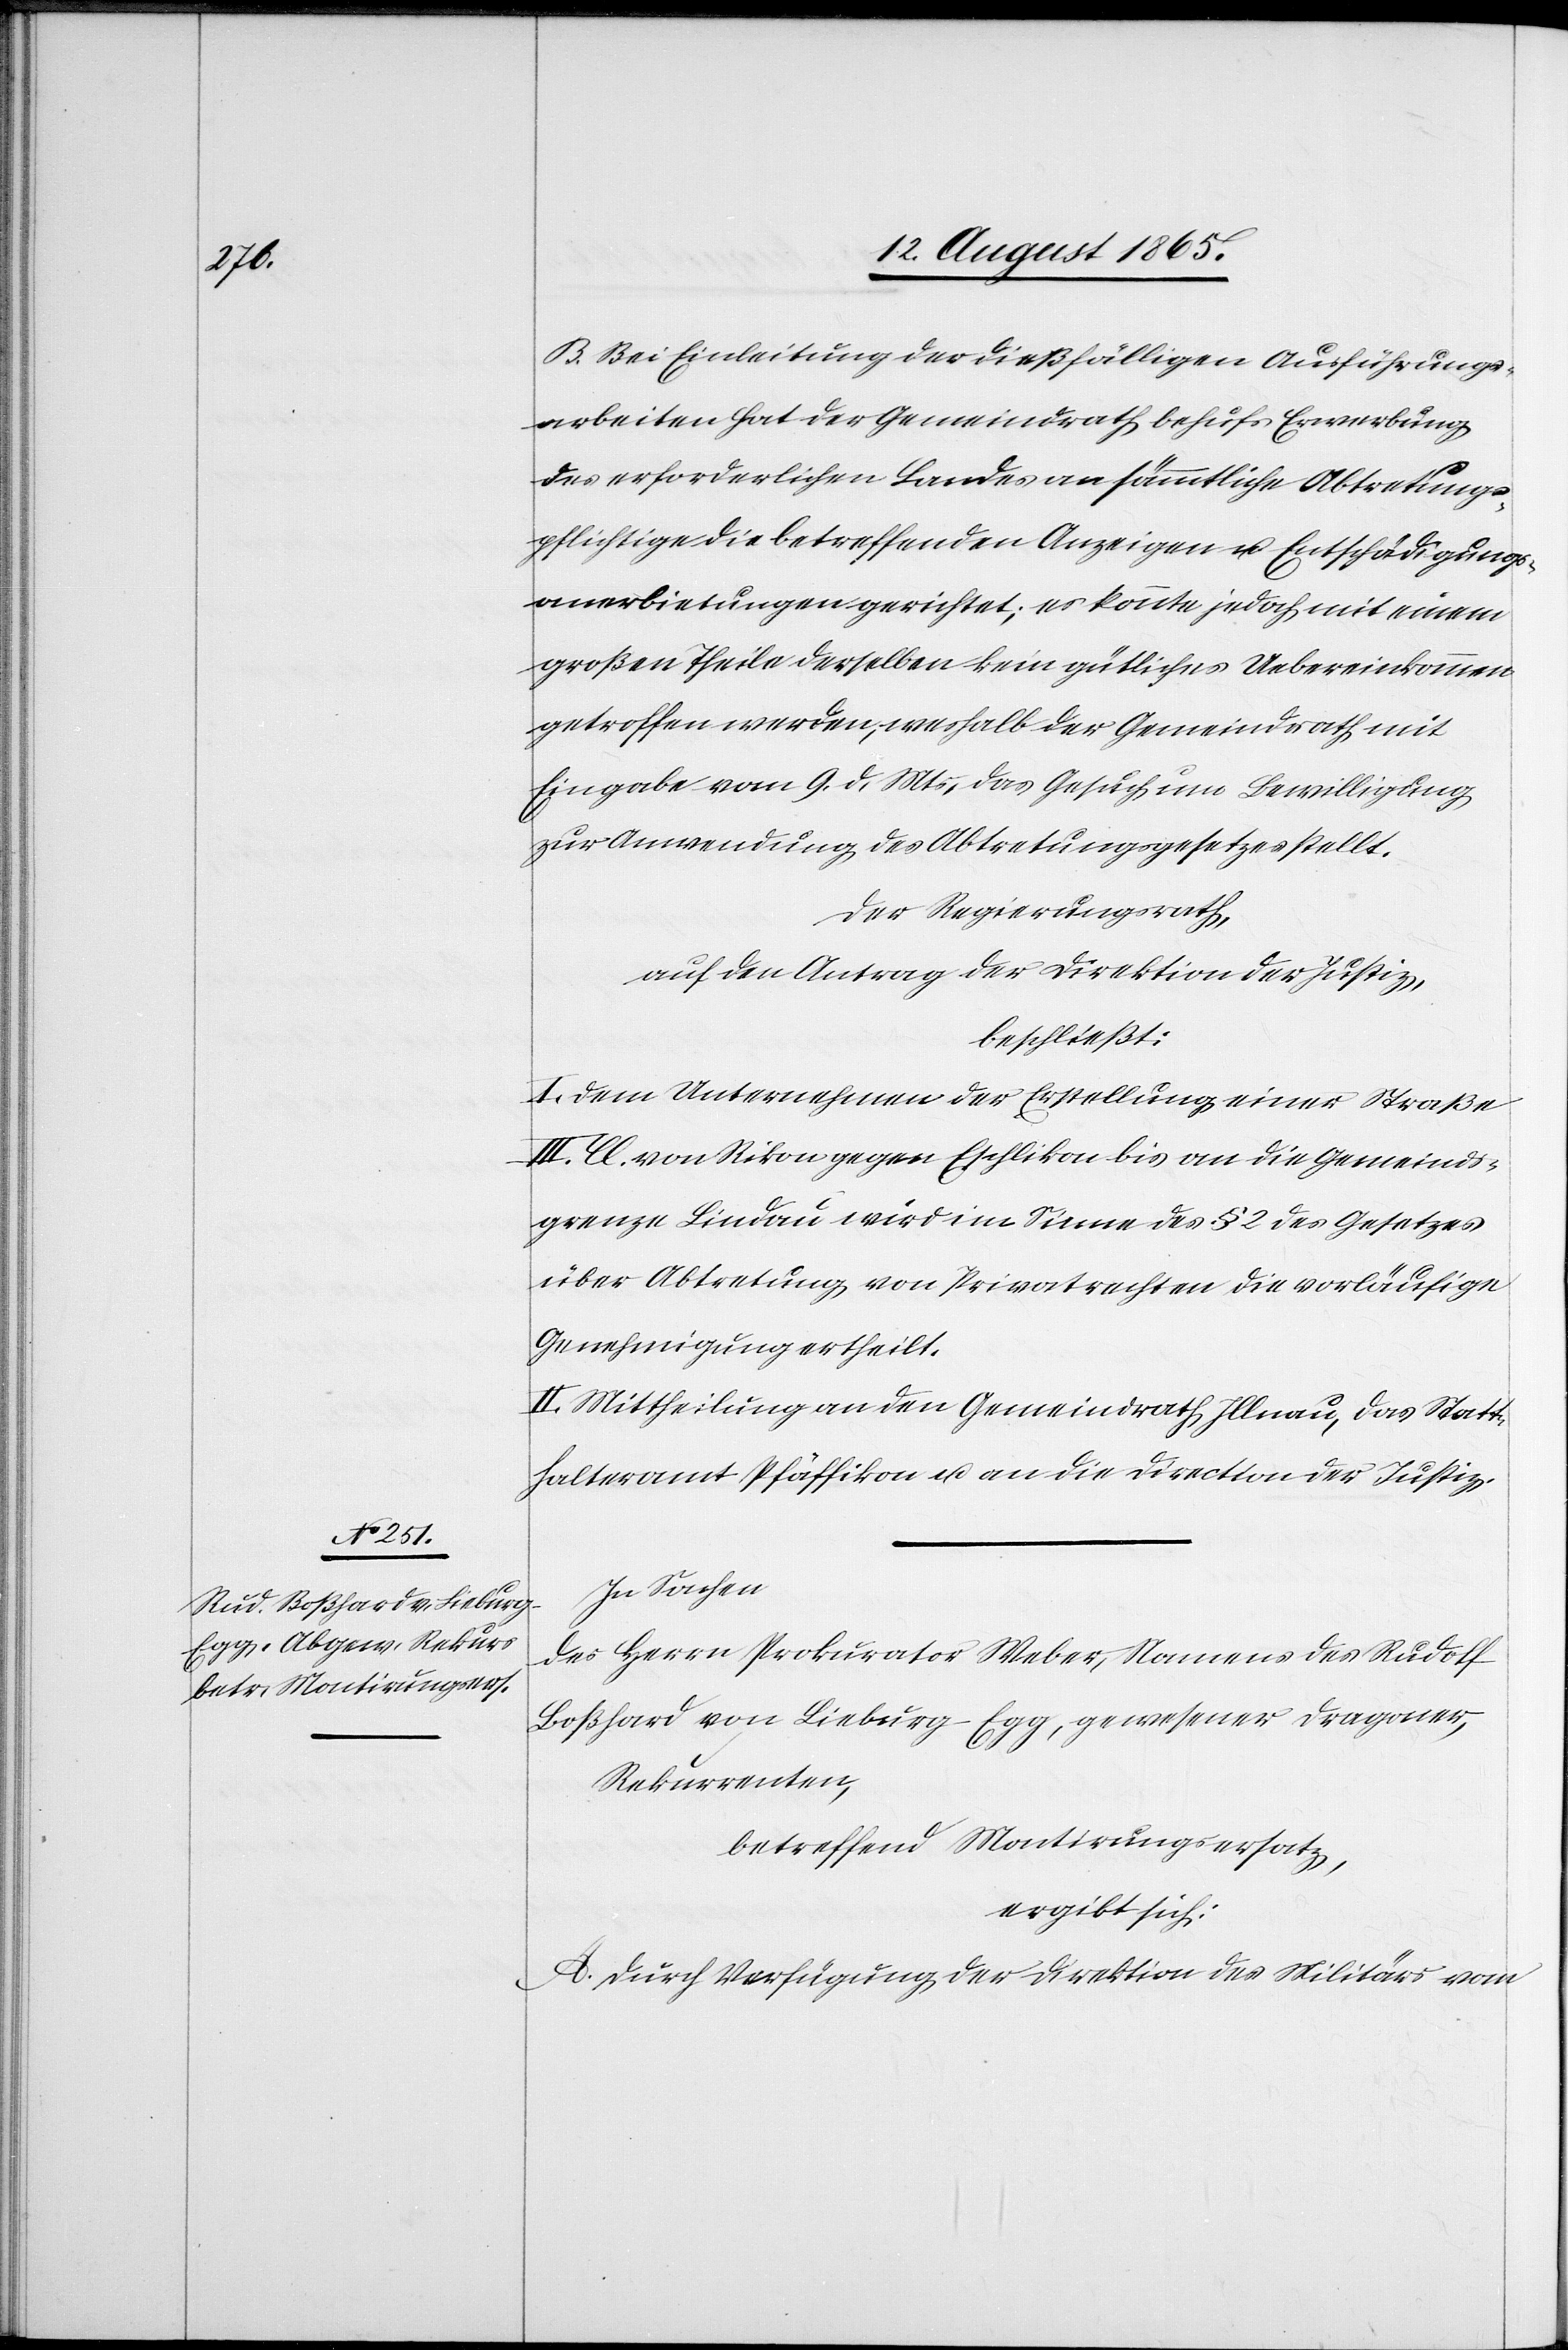
B. Bei Einleitung der dießfälligen Ausführungs¬
arbeiten hat der Gemeindrath behufs Erwerbung
des erforderlichen Landes an sämmtliche Abtretungs¬
pflichtige die betreffenden Anzeigen u. Entschädigungs¬
anerbietungen gerichtet; es konnte jedoch mit einem
großen Theil derselben kein gütliches Uebereinkommen
getroffen werden, weshalb der Gemeindrath mit
Eingabe vom 9. d. Ms, das Gesuch um Bewilligung
zur Anwendung des Abtretungsgesetzes stellt.
Der Regierungsrath,
auf den Antrag der Direktion der Justiz,
beschließt:
I. Dem Unternehmen der Erstellung einer Straße
III. Cl. von Rikon gegen Eschlikon bis an die Gemeinds¬
grenze Lindau wird im Sinne des § 2 des Gesetzes
über Abtretung von Privatrechten die vorläufige
Genehmigung ertheilt.
II. Mittheilung an den Gemeindrath Illnau, das Statt¬
halteramt Pfäffikon u. an die Direction der Justiz.
In Sachen
des Herrn Prokurator Weber, Namens des Rudolf
Boßhard von Lieburg-Egg, gewesener Dragoner,
Rekurrent,
betreffend Montirungserstaz,
ergibt sich:
A. Durch Verfügung der Direktion des Militärs vom